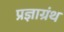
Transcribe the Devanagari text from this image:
प्रज्ञाग्रंथ